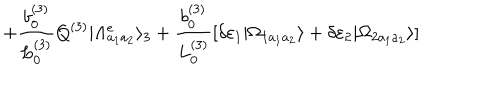
LaTeX: + \frac { b _ { 0 } ^ { ( 3 ) } } { L _ { 0 } ^ { ( 3 ) } } Q ^ { ( 3 ) } | \Lambda _ { a _ { 1 } a _ { 2 } } ^ { e } \rangle _ { 3 } + \frac { b _ { 0 } ^ { ( 3 ) } } { L _ { 0 } ^ { ( 3 ) } } [ \delta \varepsilon _ { 1 } | \Omega _ { 1 a _ { 1 } a _ { 2 } } \rangle + \delta \varepsilon _ { 2 } | \Omega _ { 2 a _ { 1 } a _ { 2 } } \rangle ]